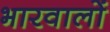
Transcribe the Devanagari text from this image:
भारवालों